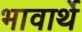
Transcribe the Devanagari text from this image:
भावार्थे